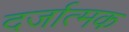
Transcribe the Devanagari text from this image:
दर्जात्मक